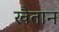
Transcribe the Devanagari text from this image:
खैतान